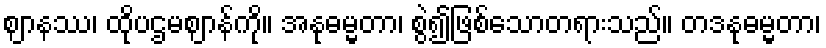
ဈာနဿ၊ ထိုပဌမဈာန်ကို။ အနုဓမ္မတာ၊ စွဲ၍ဖြစ်သောတရားသည်။ တဒနုဓမ္မတာ၊